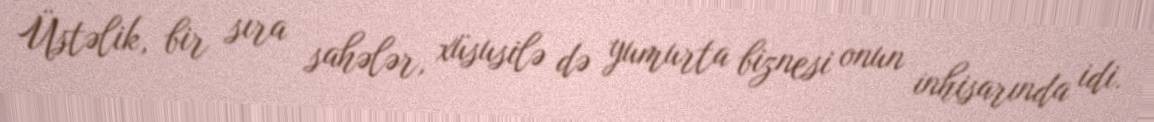
Üstəlik, bir sıra sahələr, xüsusilə də yumurta biznesi onun inhisarında idi.